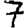
Digit: 7